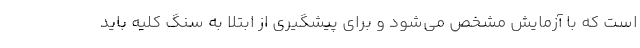
است که با آزمایش مشخص می‌شود و برای پیشگیری از ابتلا به سنگ کلیه باید